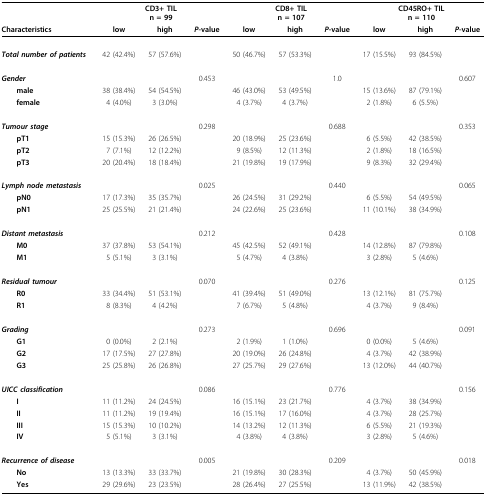
<table><thead><tr><td></td><td colspan="3"><b>CD3+ TILn = 99</b></td><td colspan="3"><b>CD8+ TILn = 107</b></td><td colspan="3"><b>CD45RO+ TILn = 110</b></td></tr><tr><td><b>Characteristics</b></td><td><b>low</b></td><td><b>high</b></td><td><b><i>P</i>-value</b></td><td><b>low</b></td><td><b>high</b></td><td><b><i>P</i>-value</b></td><td><b>low</b></td><td><b>high</b></td><td><b><i>P</i>-value</b></td></tr></thead><tbody><tr><td><b><i>Total number of patients</i></b></td><td>42 (42.4%)</td><td>57 (57.6%)</td><td></td><td>50 (46.7%)</td><td>57 (53.3%)</td><td></td><td>17 (15.5%)</td><td>93 (84.5%)</td><td></td></tr><tr><td><b><i>Gender</i></b></td><td></td><td></td><td>0.453</td><td></td><td></td><td>1.0</td><td></td><td></td><td>0.607</td></tr><tr><td> <b>male</b></td><td>38 (38.4%)</td><td>54 (54.5%)</td><td></td><td>46 (43.0%)</td><td>53 (49.5%)</td><td></td><td>15 (13.6%)</td><td>87 (79.1%)</td><td></td></tr><tr><td> <b>female</b></td><td>4 (4.0%)</td><td>3 (3.0%)</td><td></td><td>4 (3.7%)</td><td>4 (3.7%)</td><td></td><td>2 (1.8%)</td><td>6 (5.5%)</td><td></td></tr><tr><td><b><i>Tumour stage</i></b></td><td></td><td></td><td>0.298</td><td></td><td></td><td>0.688</td><td></td><td></td><td>0.353</td></tr><tr><td> <b>pT1</b></td><td>15 (15.3%)</td><td>26 (26.5%)</td><td></td><td>20 (18.9%)</td><td>25 (23.6%)</td><td></td><td>6 (5.5%)</td><td>42 (38.5%)</td><td></td></tr><tr><td> <b>pT2</b></td><td>7 (7.1%)</td><td>12 (12.2%)</td><td></td><td>9 (8.5%)</td><td>12 (11.3%)</td><td></td><td>2 (1.8%)</td><td>18 (16.5%)</td><td></td></tr><tr><td> <b>pT3</b></td><td>20 (20.4%)</td><td>18 (18.4%)</td><td></td><td>21 (19.8%)</td><td>19 (17.9%)</td><td></td><td>9 (8.3%)</td><td>32 (29.4%)</td><td></td></tr><tr><td><b><i>Lymph node metastasis</i></b></td><td></td><td></td><td>0.025</td><td></td><td></td><td>0.440</td><td></td><td></td><td>0.065</td></tr><tr><td> <b>pN0</b></td><td>17 (17.3%)</td><td>35 (35.7%)</td><td></td><td>26 (24.5%)</td><td>31 (29.2%)</td><td></td><td>6 (5.5%)</td><td>54 (49.5%)</td><td></td></tr><tr><td> <b>pN1</b></td><td>25 (25.5%)</td><td>21 (21.4%)</td><td></td><td>24 (22.6%)</td><td>25 (23.6%)</td><td></td><td>11 (10.1%)</td><td>38 (34.9%)</td><td></td></tr><tr><td><b><i>Distant metastasis</i></b></td><td></td><td></td><td>0.212</td><td></td><td></td><td>0.428</td><td></td><td></td><td>0.108</td></tr><tr><td> <b>M0</b></td><td>37 (37.8%)</td><td>53 (54.1%)</td><td></td><td>45 (42.5%)</td><td>52 (49.1%)</td><td></td><td>14 (12.8%)</td><td>87 (79.8%)</td><td></td></tr><tr><td> <b>M1</b></td><td>5 (5.1%)</td><td>3 (3.1%)</td><td></td><td>5 (4.7%)</td><td>4 (3.8%)</td><td></td><td>3 (2.8%)</td><td>5 (4.6%)</td><td></td></tr><tr><td><b><i>Residual tumour</i></b></td><td></td><td></td><td>0.070</td><td></td><td></td><td>0.276</td><td></td><td></td><td>0.125</td></tr><tr><td> <b>R0</b></td><td>33 (34.4%)</td><td>51 (53.1%)</td><td></td><td>41 (39.4%)</td><td>51 (49.0%)</td><td></td><td>13 (12.1%)</td><td>81 (75.7%)</td><td></td></tr><tr><td> <b>R1</b></td><td>8 (8.3%)</td><td>4 (4.2%)</td><td></td><td>7 (6.7%)</td><td>5 (4.8%)</td><td></td><td>4 (3.7%)</td><td>9 (8.4%)</td><td></td></tr><tr><td><b><i>Grading</i></b></td><td></td><td></td><td>0.273</td><td></td><td></td><td>0.696</td><td></td><td></td><td>0.091</td></tr><tr><td> <b>G1</b></td><td>0 (0.0%)</td><td>2 (2.1%)</td><td></td><td>2 (1.9%)</td><td>1 (1.0%)</td><td></td><td>0 (0.0%)</td><td>5 (4.6%)</td><td></td></tr><tr><td> <b>G2</b></td><td>17 (17.5%)</td><td>27 (27.8%)</td><td></td><td>20 (19.0%)</td><td>26 (24.8%)</td><td></td><td>4 (3.7%)</td><td>42 (38.9%)</td><td></td></tr><tr><td> <b>G3</b></td><td>25 (25.8%)</td><td>26 (26.8%)</td><td></td><td>27 (25.7%)</td><td>29 (27.6%)</td><td></td><td>13 (12.0%)</td><td>44 (40.7%)</td><td></td></tr><tr><td><b><i>UICC classification</i></b></td><td></td><td></td><td>0.086</td><td></td><td></td><td>0.776</td><td></td><td></td><td>0.156</td></tr><tr><td> <b>I</b></td><td>11 (11.2%)</td><td>24 (24.5%)</td><td></td><td>16 (15.1%)</td><td>23 (21.7%)</td><td></td><td>4 (3.7%)</td><td>38 (34.9%)</td><td></td></tr><tr><td> <b>II</b></td><td>11 (11.2%)</td><td>19 (19.4%)</td><td></td><td>16 (15.1%)</td><td>17 (16.0%)</td><td></td><td>4 (3.7%)</td><td>28 (25.7%)</td><td></td></tr><tr><td> <b>III</b></td><td>15 (15.3%)</td><td>10 (10.2%)</td><td></td><td>14 (13.2%)</td><td>12 (11.3%)</td><td></td><td>6 (5.5%)</td><td>21 (19.3%)</td><td></td></tr><tr><td> <b>IV</b></td><td>5 (5.1%)</td><td>3 (3.1%)</td><td></td><td>4 (3.8%)</td><td>4 (3.8%)</td><td></td><td>3 (2.8%)</td><td>5 (4.6%)</td><td></td></tr><tr><td><b><i>Recurrence of disease</i></b></td><td></td><td></td><td>0.005</td><td></td><td></td><td>0.209</td><td></td><td></td><td>0.018</td></tr><tr><td> <b>No</b></td><td>13 (13.3%)</td><td>33 (33.7%)</td><td></td><td>21 (19.8%)</td><td>30 (28.3%)</td><td></td><td>4 (3.7%)</td><td>50 (45.9%)</td><td></td></tr><tr><td> <b>Yes</b></td><td>29 (29.6%)</td><td>23 (23.5%)</td><td></td><td>28 (26.4%)</td><td>27 (25.5%)</td><td></td><td>13 (11.9%)</td><td>42 (38.5%)</td><td></td></tr></tbody></table>